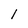
Character: 1